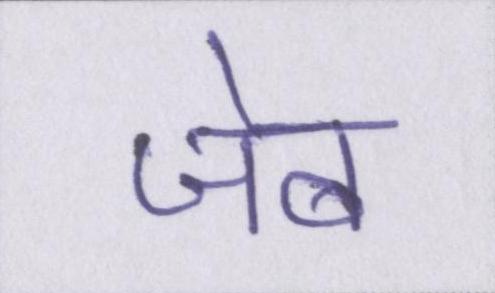
जेब